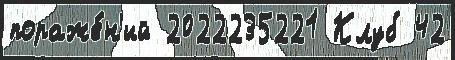
пораже́н'ий 2022235221 Клуб 42